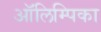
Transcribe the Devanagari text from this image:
ऑलिम्पिका